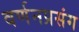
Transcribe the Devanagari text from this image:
वर्णनप्रसंग